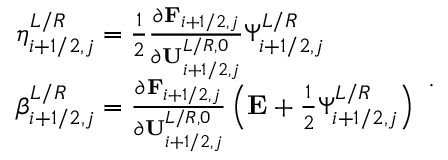
\begin{array} { r l } & { \eta _ { i + 1 / 2 , j } ^ { L / R } = \frac { 1 } { 2 } \frac { \partial \mathbf { F } _ { i + 1 / 2 , j } } { \partial \mathbf { U } _ { i + 1 / 2 , j } ^ { L / R , 0 } } \Psi _ { i + 1 / 2 , j } ^ { L / R } } \\ & { \beta _ { i + 1 / 2 , j } ^ { L / R } = \frac { \partial \mathbf { F } _ { i + 1 / 2 , j } } { \partial \mathbf { U } _ { i + 1 / 2 , j } ^ { L / R , 0 } } \left( \mathbf { E } + \frac { 1 } { 2 } \Psi _ { i + 1 / 2 , j } ^ { L / R } \right) } \end{array} .